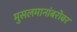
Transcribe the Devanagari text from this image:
मुसलमानांबरोबर